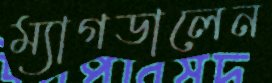
ম্যাগডালেন